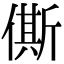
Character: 㒋